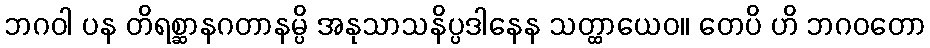
ဘဂဝါ ပန တိရစ္ဆာနဂတာနမ္ပိ အနုသာသနိပ္ပဒါနေန သတ္ထာယေဝ။ တေပိ ဟိ ဘဂဝတော